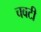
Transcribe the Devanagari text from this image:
चवटी